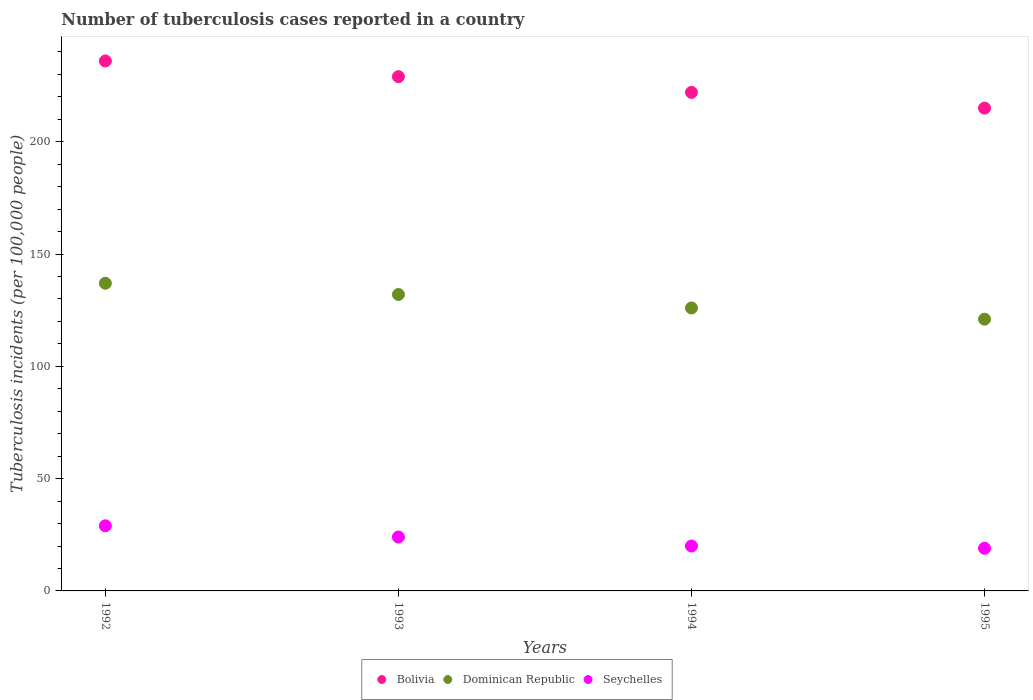
| Years | Bolivia | Dominican Republic | Seychelles |
 | --- | --- | --- | --- |
 | 1992 | 236 | 137 | 29 |
 | 1993 | 229 | 132 | 24 |
 | 1994 | 222 | 126 | 20 |
 | 1995 | 215 | 121 | 19 |